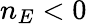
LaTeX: n_{E}<0